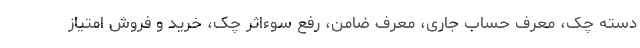
دسته چک، معرف حساب جاری، معرف ضامن، رفع سوء‌اثر چک، خرید و فروش امتیاز